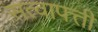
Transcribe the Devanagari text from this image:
सत्वापत्ती